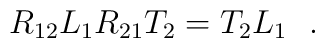
R_{12}L_{1}R_{21}T_{2}=T_{2}L_{1}~~.